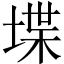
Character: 堞